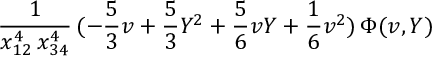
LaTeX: \frac { 1 } { x _ { 1 2 } ^ { 4 } \, x _ { 3 4 } ^ { 4 } } \, ( - \frac { 5 } { 3 } v + \frac { 5 } { 3 } Y ^ { 2 } + \frac { 5 } { 6 } v Y + \frac { 1 } { 6 } v ^ { 2 } ) \, \Phi ( v , Y )